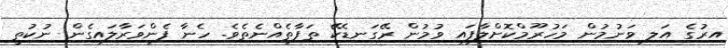
އިރުގެ އަލި ވަނުމުން މަހުރޫމްކޮށްލާފައި ވުމުން ރޭގަނޑެކޭ ތަފާތެއްނެތެވެ. ހެނާ ފެންވަރާލައިގެން ނުކުތީ